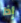
إذا